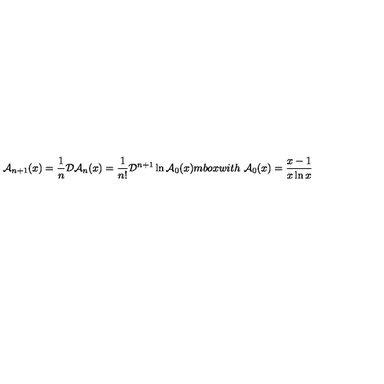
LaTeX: { \cal A } _ { n + 1 } ( x ) = \frac { 1 } { n } { \cal D } { \cal A } _ { n } ( x ) = \frac { 1 } { n ! } { \cal D } ^ { n + 1 } \ln { \cal A } _ { 0 } ( x ) m b o x { w i t h } \ { \cal A } _ { 0 } ( x ) = \frac { x - 1 } { x \ln x } \,